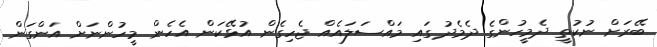
ބޭރަށް ނުކުތީ ދެމީހުންގެ ދެމެދުގައި މައްސަލައެއް ޖެހިގެން އުޅޭކަން އެހެން މީހުންނަށް އަންގަން